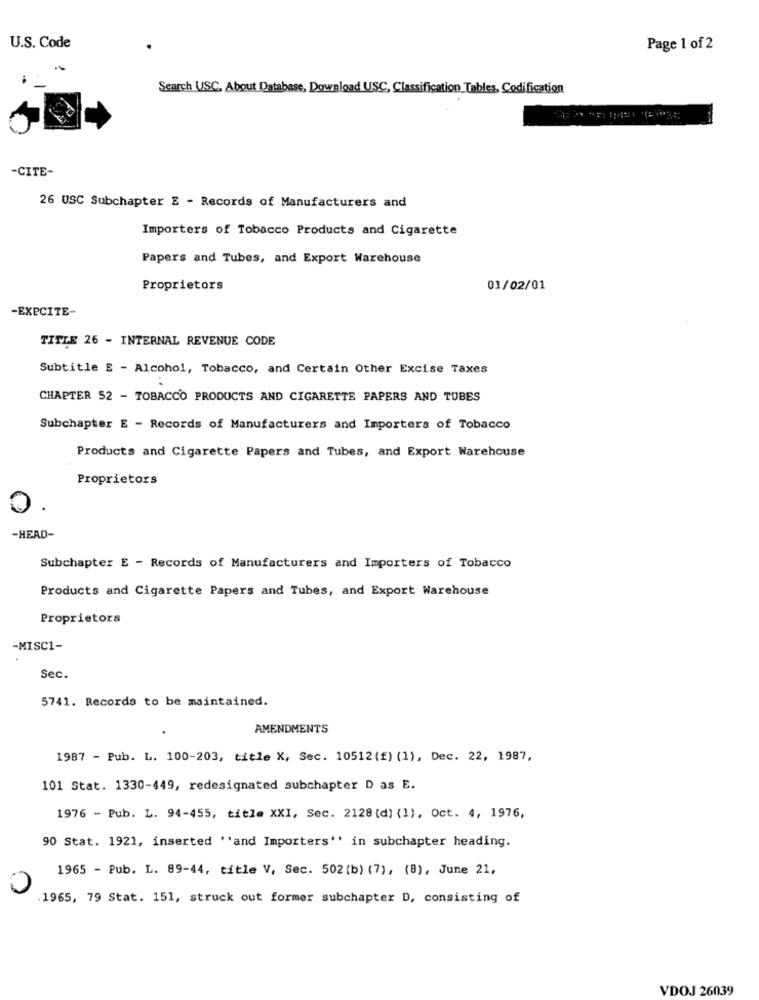
U.S. Code
Page 1 of 2
Search USC, About Database, Download USC, Classification Tables, Codification
-CITE-
26 USC Subchapter E - Records of Manufacturers and
Importers of Tobacco Products and Cigarette
Papers and Tubes, and Export Warehouse
Proprietors
01/02/01
-EXPCITE-
TITLE 26 - INTERNAL REVENUE CODE
Subtitle E - Alcohol, Tobacco, and Certain Other Excise Taxes
CHAPTER 52 - TOBACCO PRODUCTS AND CIGARETTE PAPERS AND TUBES
Subchapter E - Records of Manufacturers and Importers of Tobacco
Products and Cigarette Papers and Tubes, and Export Warehouse
Proprietors
-HEAD-
Subchapter E - Records of Manufacturers and Importers of Tobacco
Products and Cigarette Papers and Tubes, and Export Warehouse
Proprietors
-MISC1-
Sec.
5741. Records to be maintained.
AMENDMENTS
1987 - Pub. L. 100-203, title X, Sec. 10512 (f) (1), Dec. 22, 1987,
101 Stat. 1330-449, redesignated subchapter D as E.
1976 - Pub. L. 94-455, title XXI, Sec. 2128 (d) (1), Oct. 4, 1976,
90 Stat. 1921, inserted ''and Importers" in subchapter heading.
1965 - Pub. L. 89-44, title V, Sec. 502 (b) (7), (8), June 21,
1965, 79 Stat. 151, struck out former subchapter D, consisting of
VDOJ 26039